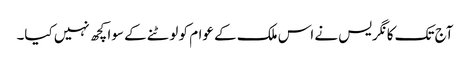
آج تک کانگریس نے اس ملک کے عوام کو لوٹنے کے سوا کچھ نہیں کیا۔